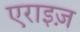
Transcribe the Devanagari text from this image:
एराइज़